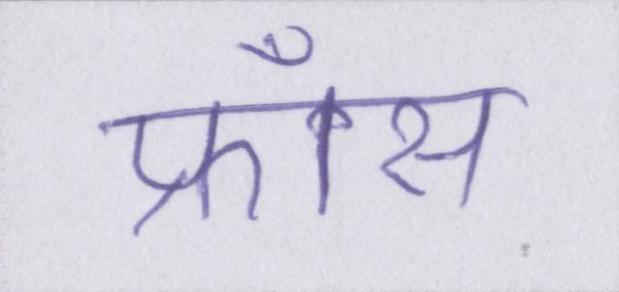
फ्राँस